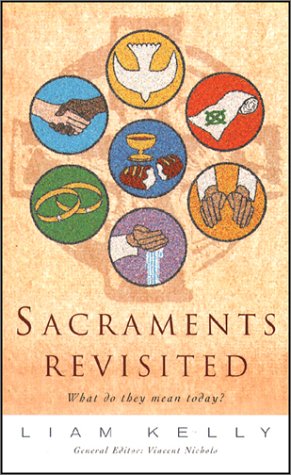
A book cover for Sacraments Revisited: What Do They Mean Today?; Liam Kelly; Christian Books & Bibles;